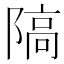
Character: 䧚